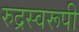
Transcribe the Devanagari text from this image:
रुद्रस्वरूपी